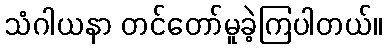
သံဂါယနာ တင်တော်မူခဲ့ကြပါတယ်။